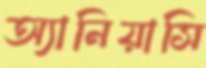
অ্যানিয়াসি